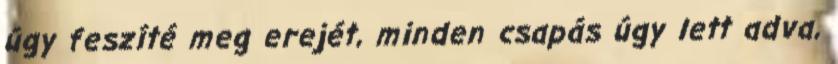
úgy feszíté meg erejét, minden csapás úgy lett adva,